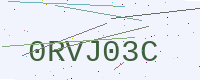
Text: 0RVJ03C